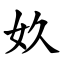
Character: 奺